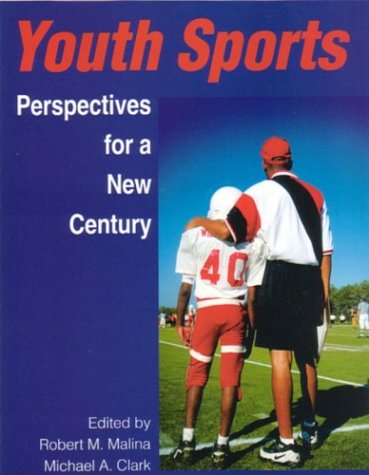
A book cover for Youth Sports: Perspectives for a New Century; Sports & Outdoors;